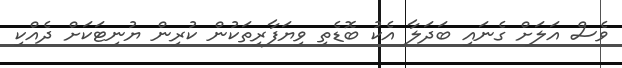
ވެސް އަލަށް ގެނައި ބަދަލާ އެކު ބޮޑެތި ވިޔަފާރިތަކުން ކުރިން ޔުނިޓަކަށް ދެއްކި